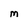
Character: M